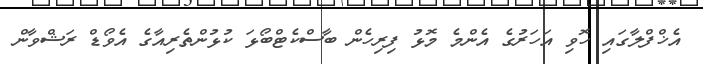
އެޚްފްލާގައި ހޮވި އަހަރުގެ އެންމެ މޮޅު ފިރިހެން ބާސްކެޓްބޯޅަ ކުޅުންތެރިއާގެ އެވޯޑް ރަޝްވާން